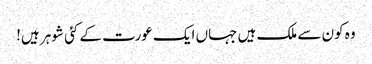
وہ کون سے ملک ہیں جہاں ایک عورت کے کئی شوہر ہیں!